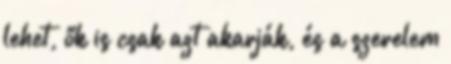
lehet, ők is csak azt akarják, és a szerelem